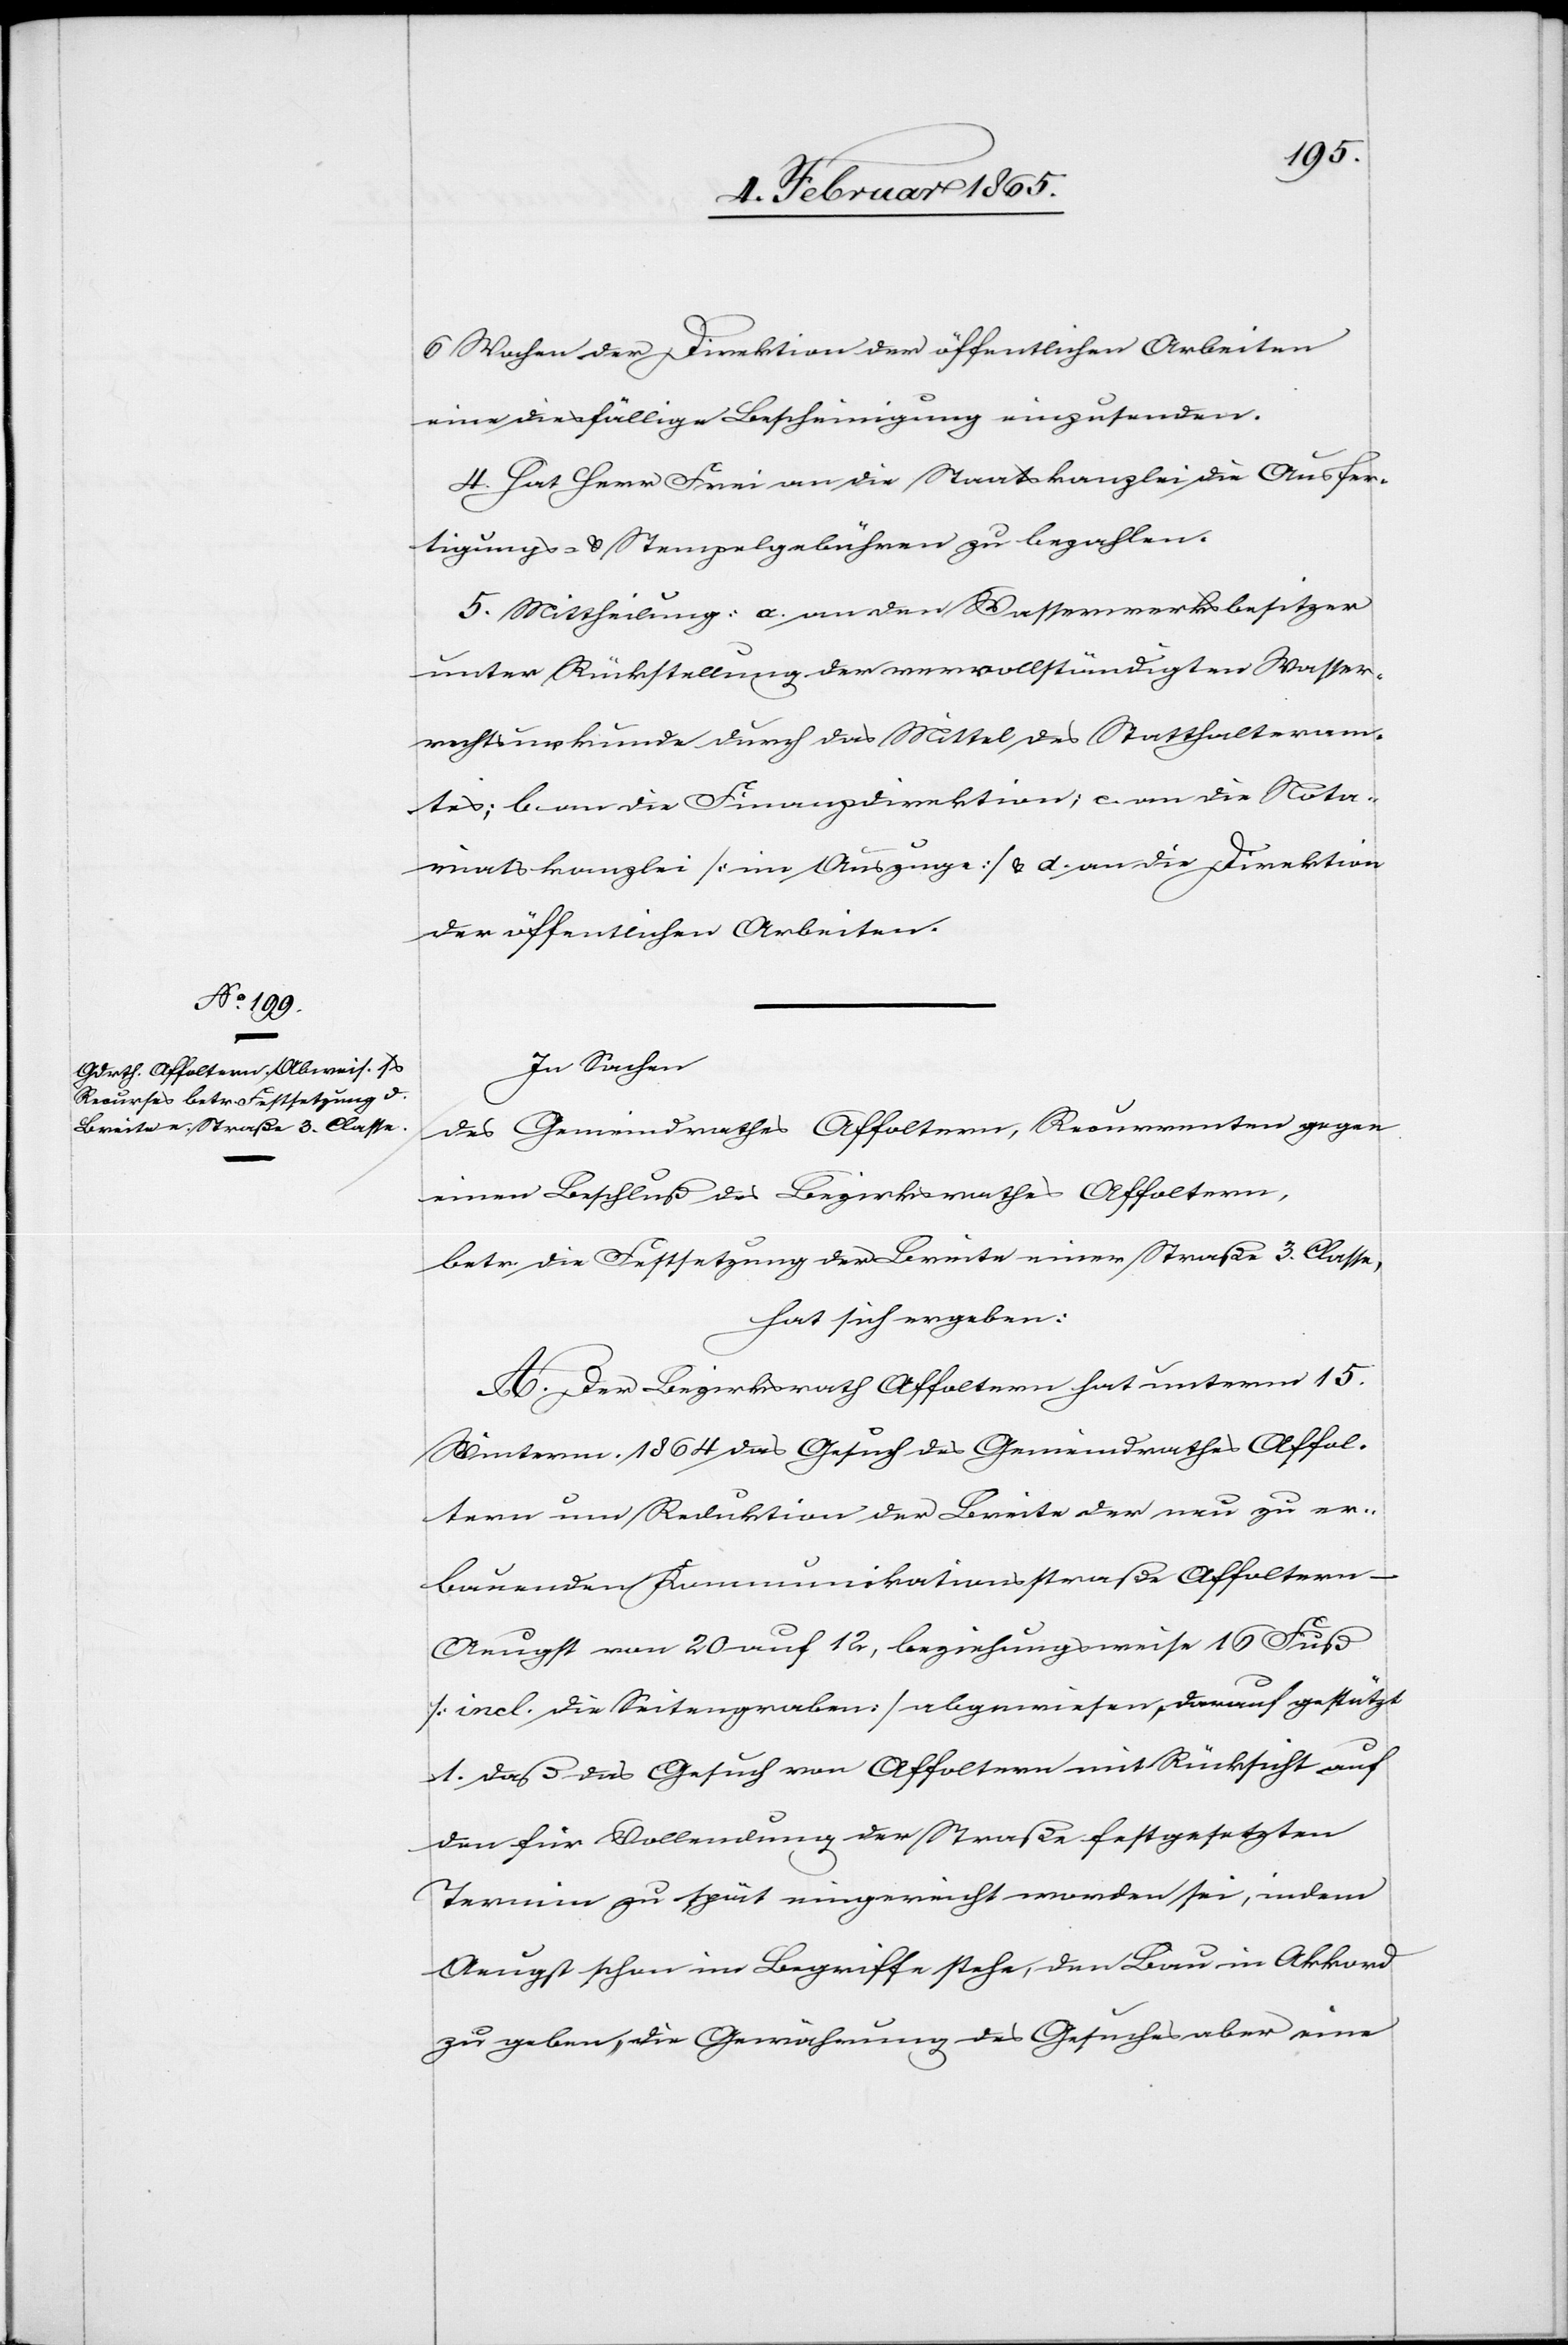
In Sachen
des Gemeindrathes Affoltern, Recurrenten gegen
einen Beschluß des Bezirksrathes Affoltern,
betr. die Festsetzung der Breite einer Straße 3. Classe,
hat sich ergeben:
A. Der Bezirksrath Affoltern hat unterm 15.
Winterm. 1864 das Gesuch des Gemeindrathes Affol¬
tern um Reduktion der Breite der neu zu er¬
bauenden Kommunikationsstraße Affoltern–A¬
eugst von 20 auf 12, beziehungsweise 16 Fuß
[incl. die Seitengraben] abgewiesen, darauf gestützt
1. daß das Gesuch von Affoltern mit Rücksicht auf
den für Vollendung der Straße festgesetzten
Termin zu spät eingereicht worden sei, indem
Aeugst schon im Begriffe stehe, den Bau in Akkord
zu geben, die Gewährung des Gesuches aber eine